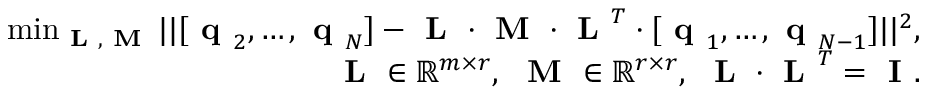
\begin{array} { r } { \operatorname* { m i n } _ { \textbf { L } , \textbf { M } } | | [ \textbf { q } _ { 2 } , \dots , \textbf { q } _ { N } ] - \textbf { L } \cdot \textbf { M } \cdot \textbf { L } ^ { T } \cdot [ \textbf { q } _ { 1 } , \dots , \textbf { q } _ { N - 1 } ] | | ^ { 2 } , } \\ { \textbf { L } \in \mathbb { R } ^ { m \times r } , \ \textbf { M } \in \mathbb { R } ^ { r \times r } , \ \textbf { L } \cdot \textbf { L } ^ { T } = \textbf { I } . } \end{array}